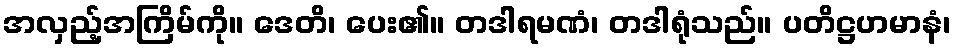
အလှည့်အကြိမ်ကို။ ဒေတိ၊ ပေး၏။ တဒါရမဏံ၊ တဒါရုံသည်။ ပတိဋ္ဌဟမာနံ၊